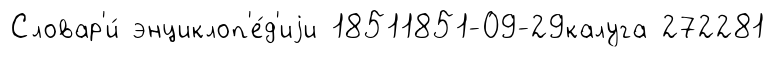
Словар'и́ энциклоп'е́д'иjи 18511851-09-29калуга 272281